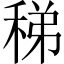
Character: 稊